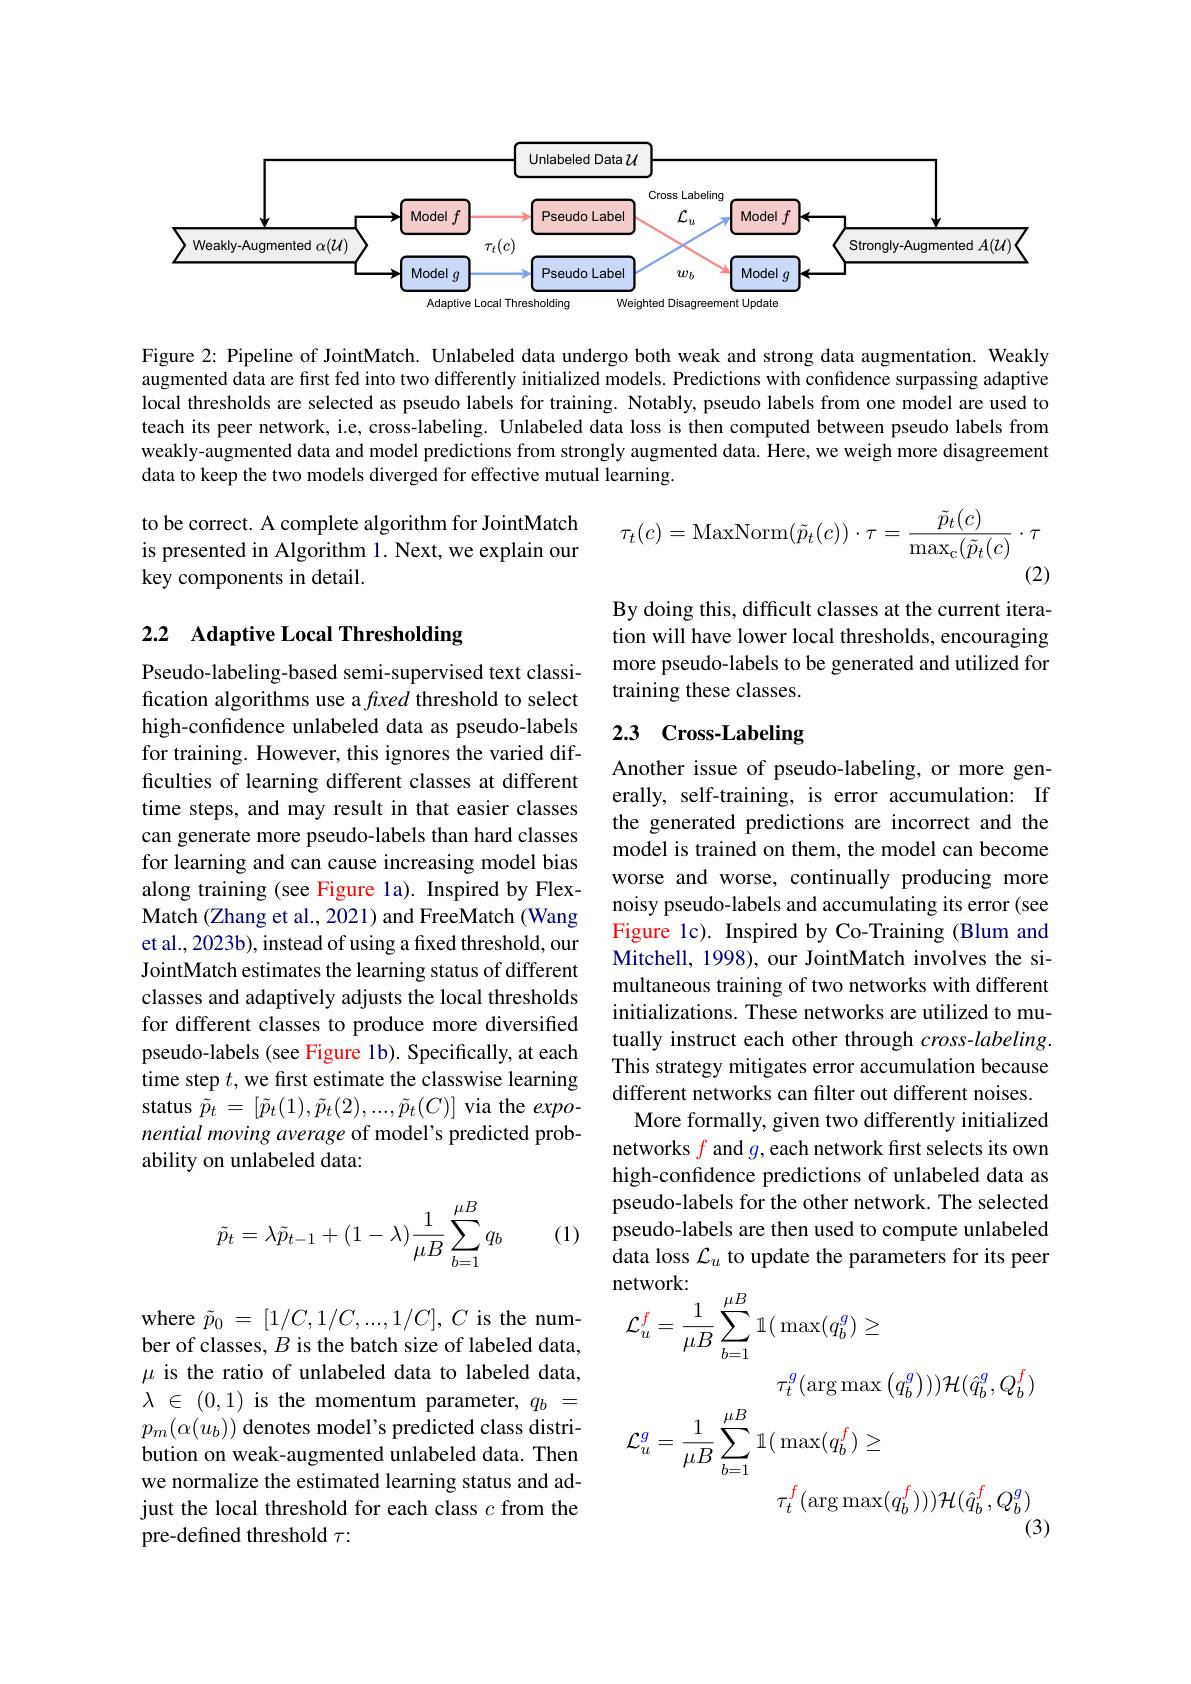
<FigureHere>

Figure 2: Pipeline of JointMatch. Unlabeled data undergo both weak and strong data augmentation. Weakly augmented data are first fed into two differently initialized models. Predictions with confidence surpassing adaptive local thresholds are selected as pseudo labels for training. Notably, pseudo labels from one model are used to teach its peer network, i.e, cross-labeling. Unlabeled data loss is then computed between pseudo labels from weakly-augmented data and model predictions from strongly augmented data. Here, we weigh more disagreement data to keep the two models diverged for effective mutual learning.
$$\tau_{t}(c)=\mathrm{MaxNorm}(\tilde{p}_{t}(c))\cdot\tau=\frac{\tilde{p}_{t}(c)}{\mathrm{max}_{\mathrm{c}}(\tilde{p}_{t}(c)}\cdot\tau $$
(2)

to be correct. A complete algorithm for JointMatch is presented in Algorithm 1. Next, we explain our key components in detail.

# 2.2 Adaptive Local Thresholding

By doing this, difficult classes at the current iteration will have lower local thresholds, encouraging more pseudo-labels to be generated and utilized for training these classes.

## 2.3 Cross-Labeling

Pseudo-labeling-based semi-supervised text classification algorithms use a fxed threshold to select high-confdence unlabeled data as pseudo-labels for training. However, this ignores the varied difficulties of learning different classes at different time steps, and may result in that easier classes can generate more pseudo-labels than hard classes for learning and can cause increasing model bias along training (see Figure la). Inspired by FlexMatch (Zhang et al., 2021) and FreeMatch (Wang et al., 2023b), instead of using a fixed threshold, our JointMatch estimates the learning status of different classes and adaptively adjusts the local thresholds for different classes to produce more diversified pseudo-labels (see Figure 1b). Specifically, at each time step $t$, we first estimate the classwise learning status $\tilde{p}_{t}=[\tilde{p}_{t}(1),\tilde{p}_{t}(2),...,\tilde{p}_{t}(C)]$ via the $expo-$ nential moving average of model's predicted probability on unlabeled data:

Another issue of pseudo-labeling, or more generally, self-training, is error accumulation: If the generated predictions are incorrect and the model is trained on them, the model can become worse and worse, continually producing more noisy pseudo-labels and accumulating its error (see Figure 1c). Inspired by Co-Training (Blum and Mitchell, 1998), our JointMatch involves the simultaneous training of two networks with different initializations. These networks are utilized to mutually instruct each other through $cross-labeling.$ This strategy mitigates error accumulation because different networks can filter out different noises.
More formally, given two differently initialized networks $f$ and $g$,each network first selects its own high-confidence predictions of unlabeled data as pseudo-labels for the other network. The selected pseudo-labels are then used to compute unlabeled data loss $\mathcal{L}_u$ to update the parameters for its peer
$$\begin{aligned}&\text{network:}\\&\mathcal{L}_{u}^{f}=\frac{1}{\mu B}\sum_{b=1}^{\mu B}\mathbb{1}(\max(q_{b}^{g})\geq\\&\tau_{t}^{g}(\arg\max\left(q_{b}^{g}\right)))\mathcal{H}(\hat{q}_{b}^{g},Q_{b}^{f})\\&\mathcal{L}_{u}^{g}=\frac{1}{\mu B}\sum_{b=1}^{\mu B}\mathbb{1}(\max(q_{b}^{f})\geq\\&\tau_{t}^{f}(\arg\max(q_{b}^{f})))\mathcal{H}(\hat{q}_{b}^{f},Q_{b}^{g})\end{aligned}$$
$$\tilde{p}_t=\lambda\tilde{p}_{t-1}+(1-\lambda)\frac{1}{\mu B}\sum_{b=1}^{\mu B}q_b$$
(1)

where $\tilde{p} _0$ = $[ 1/ C, 1/ C, . . . , 1/ C] $, $C$ is the number of classes, $B$ is the batch size of labeled data, $\mu$ is the ratio of unlabeled data to labeled data, $\lambda$ $\in$ (0,1) is the momentum parameter,$q_b$ = $p_{m}(\alpha(u_{b}))$ denotes model's predicted class distribution on weak-augmented unlabeled data. Then we normalize the estimated learning status and adjust the local threshold for each class $c$ from the pre-defined threshold $\tau:$